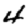
Digit: 4